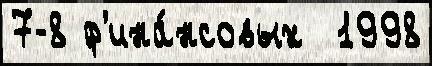
7-8 ф'ина́нсовых  1998